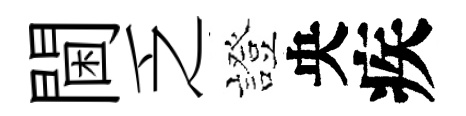
閫乏證央疾